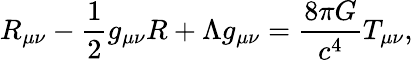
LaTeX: R_{\mu\nu}-\frac{1}{2}g_{\mu\nu}R+\Lambda g_{\mu\nu}=\frac{8\pi G}{c^{4}}T_{\mu\nu},